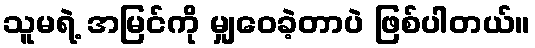
သူမရဲ့ အမြင်ကို မျှဝေခဲ့တာပဲ ဖြစ်ပါတယ်။